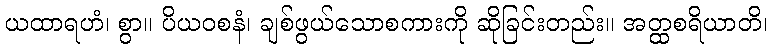
ယထာရဟံ၊ စွာ။ ပိယဝစနံ၊ ချစ်ဖွယ်သောစကားကို ဆိုခြင်းတည်း။ အတ္ထစရိယာတိ၊